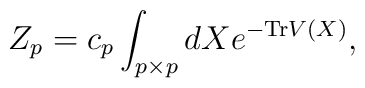
Z_{p}=c_{p}\int_{p\times p}dX  e^{-{\rm Tr}V(X)},